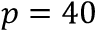
\ensuremath { p } = 4 0